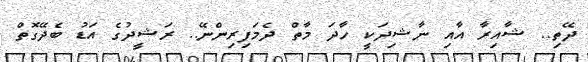
ދޭތި.. ޝާއިރާ އާއި ނާޝިދަކީ ހާދަ މާތް ދެމަފިރިންނޭ.. ރަޝީދުގެ އަޑު ބެދޭގޮތް